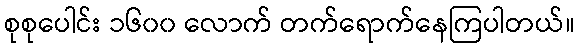
စုစုပေါင်း ၁၆၀၀ လောက် တက်ရောက်နေကြပါတယ်။